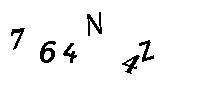
764N4Z